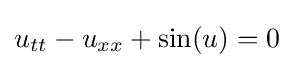
u_{tt}-u_{xx}+\sin(u)=0